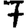
Digit: 7